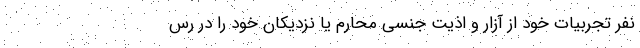
نفر تجربیات خود از آزار و اذیت جنسی محارم یا نزدیکان خود را در رس